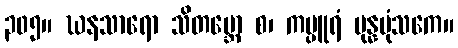
၃၀၅။ ဃနသာရော သိတဗ္ဘော စ၊ ကပ္ပူရံ ပုန္နပုံသကေ။